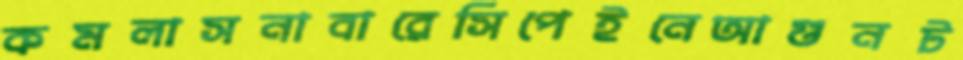
কমলাসনাবারেসিপেইনেআগুনট